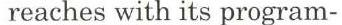
reaches with its program-